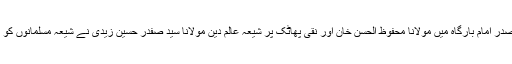
اسی طرح شہر کے صدر امام بارگاہ میں مولانا محفوظ الحسن خان اور نقی پھاٹک پر شیعہ عالم دین مولانا سید صفدر حسین زیدی نے شیعہ مسلمانوں کو نماز عیدین ادا کرائی۔